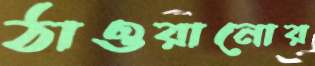
ঠাওরানোর